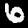
Digit: 6